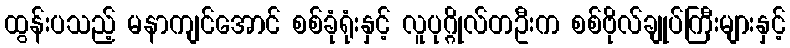
ထွန်းပသည့် မနာကျင်အောင် စစ်ခုံရုံးနှင့် လူပုဂ္ဂိုလ်တဦးက စစ်ဗိုလ်ချုပ်ကြီးများနှင့်